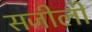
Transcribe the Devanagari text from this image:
सजीली